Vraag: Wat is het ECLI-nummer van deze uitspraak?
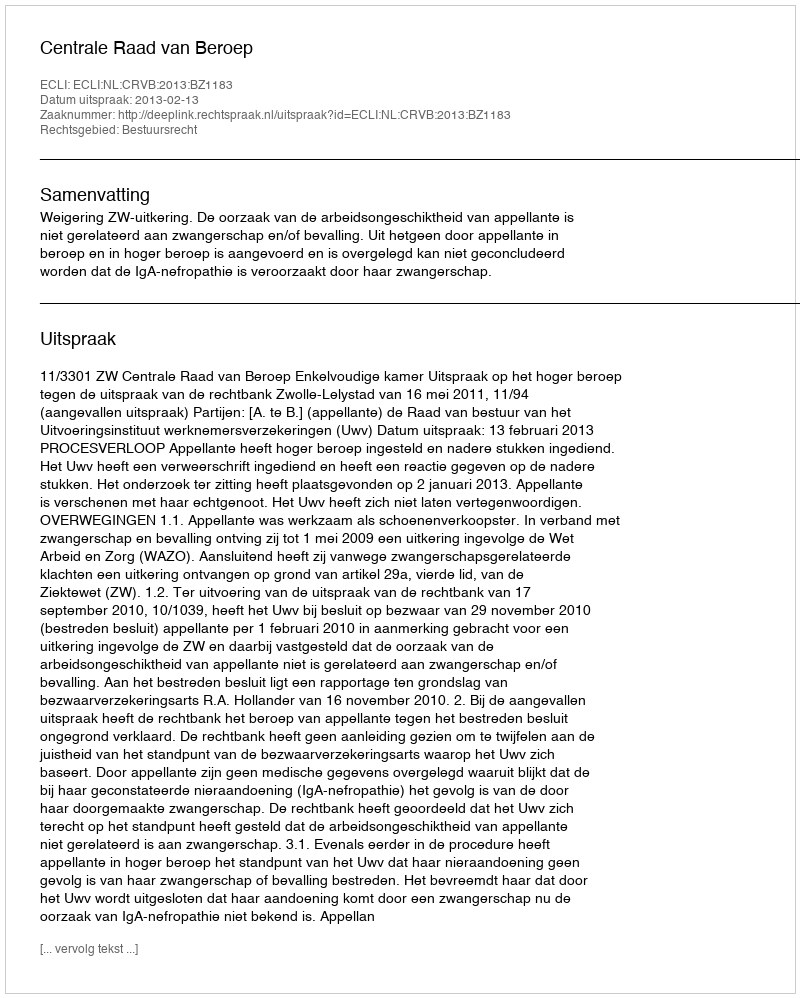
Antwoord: ECLI:NL:CRVB:2013:BZ1183